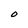
Character: O